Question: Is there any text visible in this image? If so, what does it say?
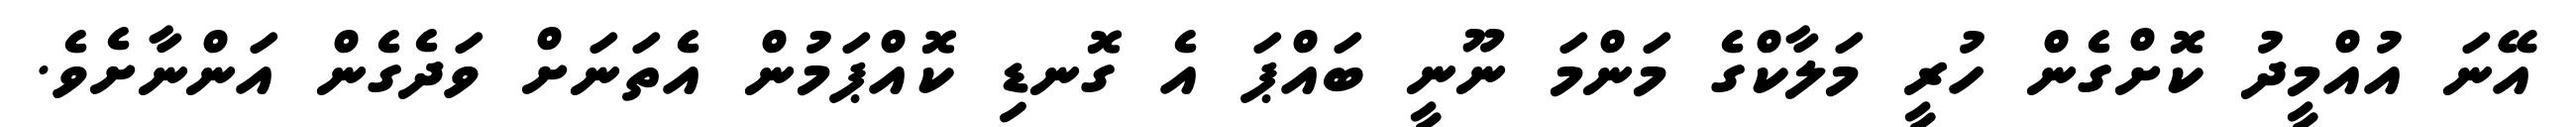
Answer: އޭނަ އުއްމީދު ކޮށްގެން ހުރީ މަލާކްގެ މަންމަ ނޫނީ ބައްޕަ އެ ގޮނޑި ކޮއްޕަމުން އެތަނަށް ވަދެގެން އަންނާށެވެ.